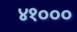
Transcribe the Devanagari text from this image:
४१०००